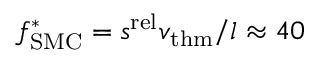
f _ { \mathrm { S M C } } ^ { * } = s ^ { \mathrm { r e l } } v _ { \mathrm { t h m } } / l \approx 4 0